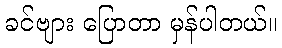
ခင်ဗျား ပြောတာ မှန်ပါတယ်။